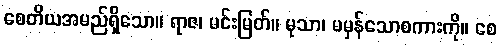
စေတိယအမည်ရှိသော။ ရာဇ၊ မင်းမြတ်။ မုသာ၊ မမှန်သောစကားကို။ စေ